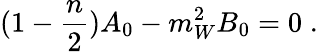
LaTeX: (1-\frac{n}{2})A_{0}-m_{W}^{2}B_{0}=0\; .